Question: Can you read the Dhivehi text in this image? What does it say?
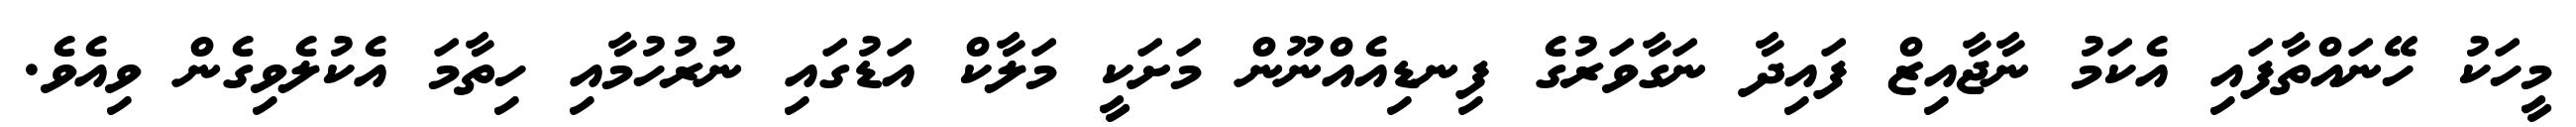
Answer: މީހަކު ހޭނައްތާފައި އެކަމު ނާޖާއިޒް ފައިދާ ނަގާވަރުގެ ފިނޑިއެއްނޫން މަށަކީ މަލާކް އަޑުގައި ނުރުހުމާއި ހިތާމަ އެކުލެވިގެން ވިއެވެ.